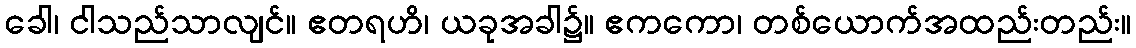
ခေါ၊ ငါသည်သာလျင်။ ဧတရဟိ၊ ယခုအခါ၌။ ဧကကော၊ တစ်ယောက်အထည်းတည်း။